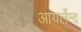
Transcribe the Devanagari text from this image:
आयर्लेन्द